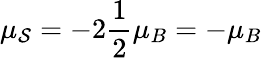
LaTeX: \mu_{\mathcal{S}}=-2\frac{{1}}{{2}}\mu_{B}=-\mu_{B}